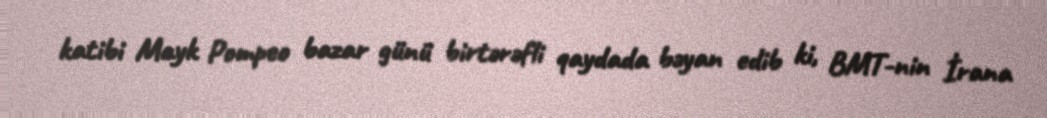
katibi Mayk Pompeo bazar günü birtərəfli qaydada bəyan edib ki, BMT-nin İrana